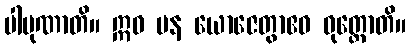
ပါပုဏာတိ။ ဣဓ ပန ယောဇေတွာဧဝ ဝုတ္တောတိ။